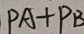
P A + P B